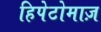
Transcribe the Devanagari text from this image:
हिपेटोमाज़